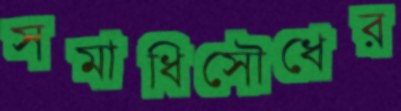
সমাধিসৌধের